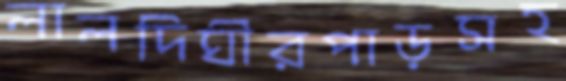
লালদিঘীরপাড়সহ